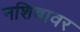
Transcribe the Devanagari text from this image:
नशिबावर